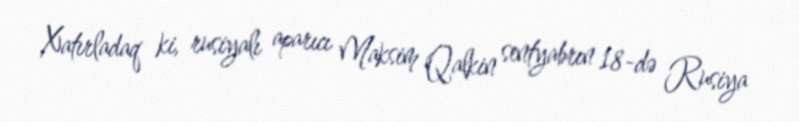
Xatırladaq ki, rusiyalı aparıcı Maksim Qalkin sentyabrın 18-də Rusiya